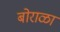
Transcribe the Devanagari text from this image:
बोराळा